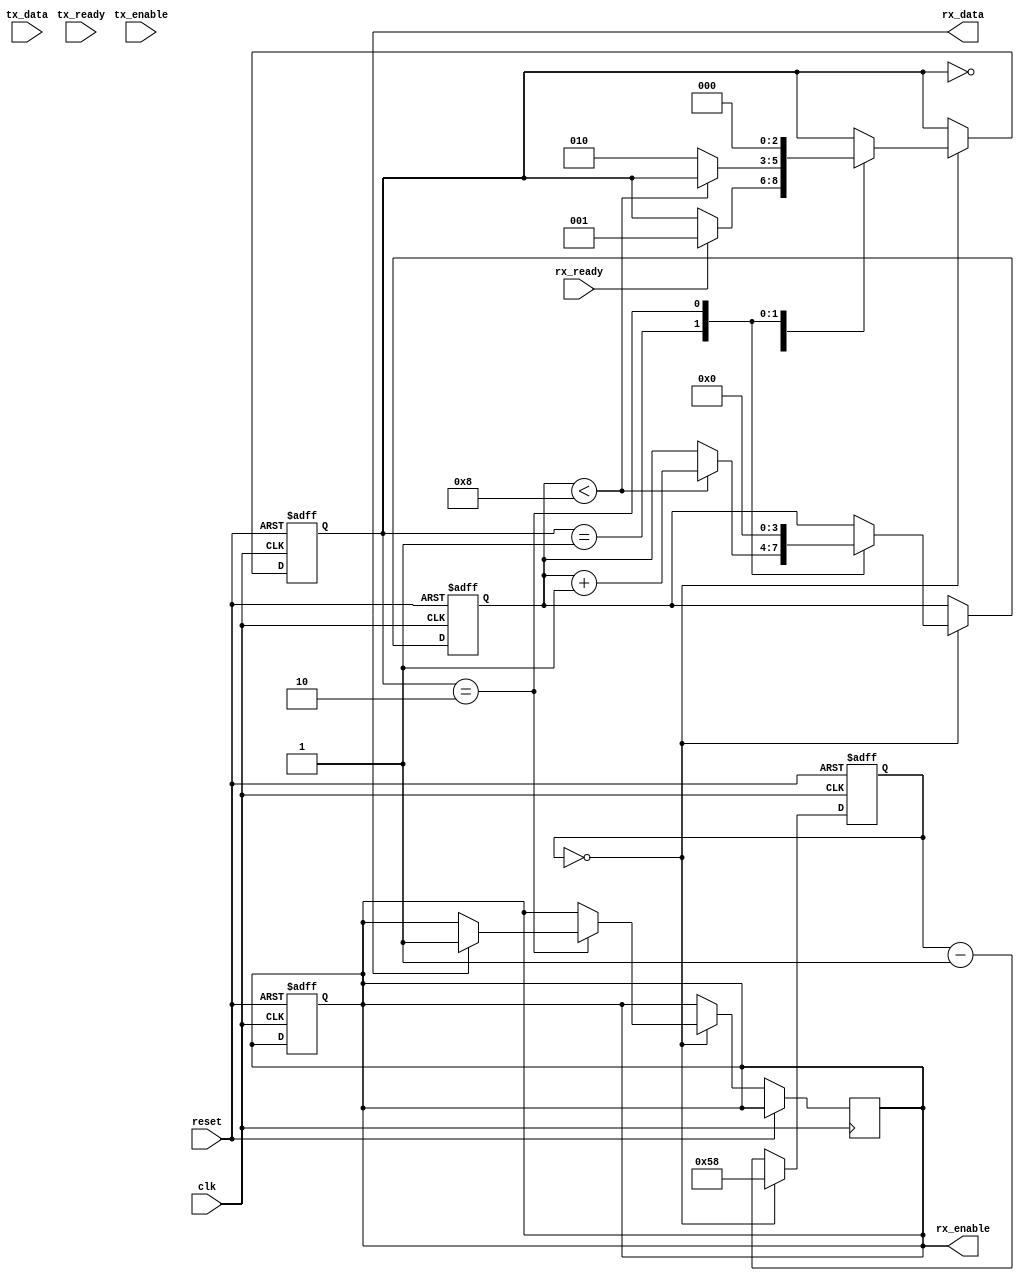
module uart_bus_controller (
    input wire clk,
    input wire reset,
    input wire tx_data,
    output reg rx_data,
    input wire tx_enable,
    output reg rx_enable,
    input wire rx_ready,
    input wire tx_ready
);

// Clock generation and synchronization circuits
reg [7:0] baud_counter;
reg [3:0] bit_counter;
reg start_bit;
reg [7:0] data_reg;
reg [7:0] receive_reg;
reg [2:0] state;

parameter BAUD_RATE = 9600; // Specify baud rate here
parameter CLOCK_FREQUENCY = 50000000; // Specify clock frequency here

always @(posedge clk or posedge reset) begin
    if (reset) begin
        baud_counter <= 0;
        bit_counter <= 0;
        start_bit <= 1;
        data_reg <= 8'b0;
        receive_reg <= 8'b0;
        state <= 3'b000;
    end else begin
        if (baud_counter == 0) begin
            baud_counter <= CLOCK_FREQUENCY/BAUD_RATE;
            
            case (state)
                3'b000: begin // Start of frame
                    if (rx_ready) begin
                        start_bit <= rx_data;
                        state <= 3'b001;
                    end
                end
                
                3'b001: begin // Receive data bits
                    if (bit_counter < 8) begin
                        receive_reg <= {receive_reg[6:0], rx_data};
                        bit_counter <= bit_counter + 1;
                    end else begin
                        state <= 3'b010;
                    end
                end
                
                3'b010: begin // Stop bit
                    if (rx_data == 1) begin
                        rx_enable <= 1;
                    end
                    state <= 3'b000;
                    bit_counter <= 0;
                end
            endcase
        end else begin
            baud_counter <= baud_counter - 1;
        end
    end
end

// Handshaking logic
always @(posedge clk or posedge reset) begin
    if (reset) begin
        rx_enable <= 0;
    end else begin
        if (tx_enable && tx_ready) begin
            data_reg <= tx_data;
        end
    end
end

endmodule